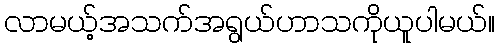
လာမယ့်အသက်အရွယ်ဟာသကိုယူပါမယ်။